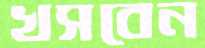
খসবেন